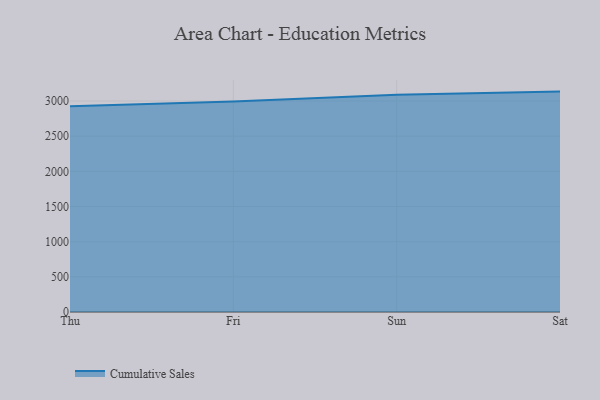
{"axis": {"x": "Day", "y": "Customer Acquisition Cost (USD)"}, "legend": ["Cumulative Sales"], "data": [{"x": "Thu", "y": 2923.4, "type": "Cumulative Sales"}, {"x": "Fri", "y": 2994.2, "type": "Cumulative Sales"}, {"x": "Sun", "y": 3087.0, "type": "Cumulative Sales"}, {"x": "Sat", "y": 3133.4, "type": "Cumulative Sales"}]}